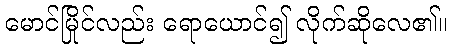
မောင်မြိုင်လည်း ရောယောင်၍ လိုက်ဆိုလေ၏။